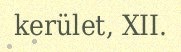
kerület, XII.